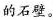
的石壁。